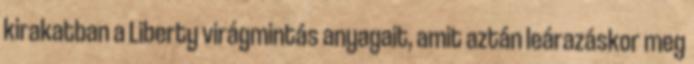
kirakatban a Liberty virágmintás anyagait, amit aztán leárazáskor meg